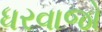
ધરવાજો